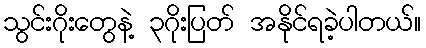
သွင်းဂိုးတွေနဲ့ ၃ဂိုးပြတ် အနိုင်ရခဲ့ပါတယ်။